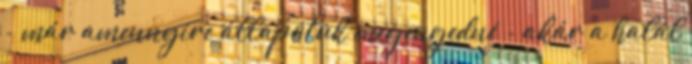
- már amennyire állapotuk megengedné - akár a halál